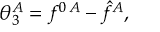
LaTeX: R _ { 1 2 } K _ { 1 } R _ { 2 1 } d K _ { 2 } = d K _ { 2 } R _ { 1 2 } K _ { 1 } R _ { 1 2 } ^ { - 1 } ,